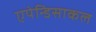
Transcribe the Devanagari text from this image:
एपेन्डिसाकल